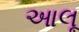
આલૂ